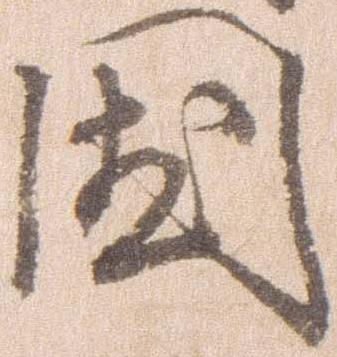
国